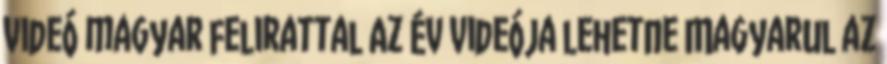
videó magyar felirattal Az év videója lehetne Magyarul az